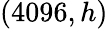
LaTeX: (4096,h)